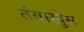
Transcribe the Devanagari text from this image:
तंबाखूस